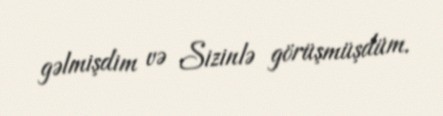
gəlmişdim və Sizinlə görüşmüşdüm.